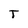
Character: T